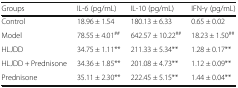
| Groups | IL-6 (pg/mL) | IL-10 (pg/mL) | IFN-γ (pg/mL) |
 | --- | --- | --- | --- |
 | Control | 18.96 ± 1.54 | 180.13 ± 6.33 | 0.65 ± 0.02 |
 | Model | 78.55 ± 4.01## | 642.57 ± 10.22## | 18.23 ± 1.50## |
 | HLJDD | 34.75 ± 1.11** | 211.33 ± 5.34** | 1.28 ± 0.17** |
 | HLJDD + Prednisone | 34.36 ± 1.85** | 201.08 ± 4.73** | 1.12 ± 0.09** |
 | Prednisone | 35.11 ± 2.30** | 222.45 ± 5.15** | 1.44 ± 0.04** |